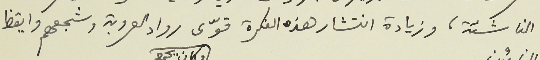
الناشئة، وزيادة انتشار هذه الفكرة قوّى رواد العروبة وشجعهم وايقظ